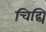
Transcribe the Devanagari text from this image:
चिद्यि